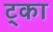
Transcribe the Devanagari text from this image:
ट्का